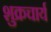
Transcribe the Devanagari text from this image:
शुक्रचार्य